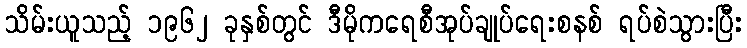
သိမ်းယူသည့် ၁၉၆၂ ခုနှစ်တွင် ဒီမိုကရေစီအုပ်ချုပ်ရေးစနစ် ရပ်စဲသွားပြီး